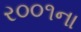
ર૦૦૧ના